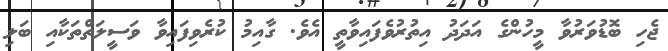
ޖެހި ބޮޑުވަރުވާ މީހުންގެ އަދަދު އިތުރުވެފައިވާތީ އެވެ. ގާއިމު ކުރެވިފައިވާ ވަސީލަތްތަކާއި ބަލި